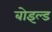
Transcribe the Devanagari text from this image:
बोइल्ड